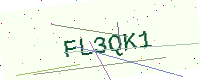
Text: FL3QK1